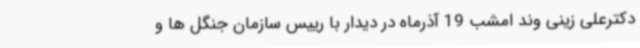
دکترعلی زینی وند امشب 19 آذرماه در دیدار با رییس سازمان جنگل ها و